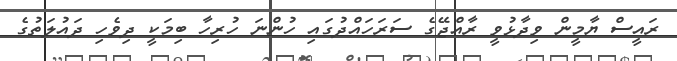
ރައީސް ޔާމީން ވިދާޅުވީ ރާއްޖޭގެ ސަރަހައްދުގައި ހުންނަ ހުރިހާ ބިމަކީ ދިވެހި ދައުލަތުގެ